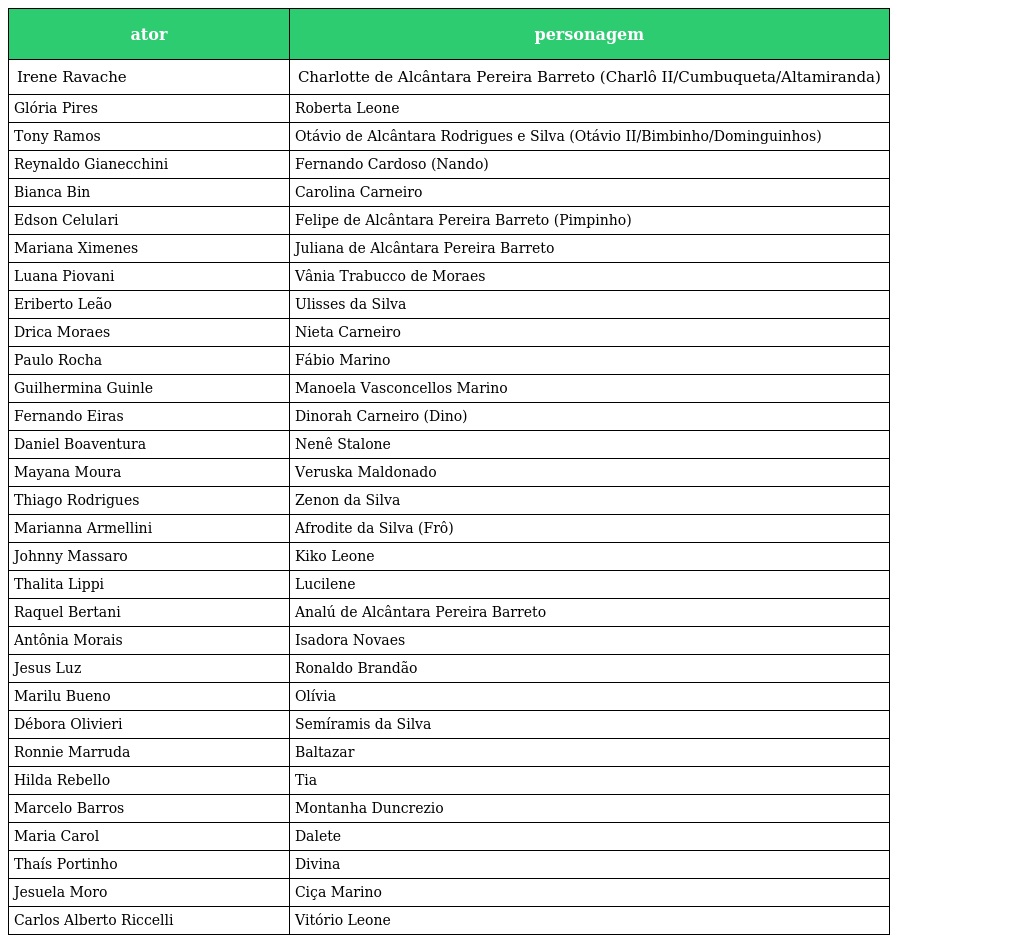
| ator | personagem |
 | --- | --- |
 | Irene Ravache | Charlotte de Alcântara Pereira Barreto (Charlô II/Cumbuqueta/Altamiranda) |
 | Glória Pires | Roberta Leone |
 | Tony Ramos | Otávio de Alcântara Rodrigues e Silva (Otávio II/Bimbinho/Dominguinhos) |
 | Reynaldo Gianecchini | Fernando Cardoso (Nando) |
 | Bianca Bin | Carolina Carneiro |
 | Edson Celulari | Felipe de Alcântara Pereira Barreto (Pimpinho) |
 | Mariana Ximenes | Juliana de Alcântara Pereira Barreto |
 | Luana Piovani | Vânia Trabucco de Moraes |
 | Eriberto Leão | Ulisses da Silva |
 | Drica Moraes | Nieta Carneiro |
 | Paulo Rocha | Fábio Marino |
 | Guilhermina Guinle | Manoela Vasconcellos Marino |
 | Fernando Eiras | Dinorah Carneiro (Dino) |
 | Daniel Boaventura | Nenê Stalone |
 | Mayana Moura | Veruska Maldonado |
 | Thiago Rodrigues | Zenon da Silva |
 | Marianna Armellini | Afrodite da Silva (Frô) |
 | Johnny Massaro | Kiko Leone |
 | Thalita Lippi | Lucilene |
 | Raquel Bertani | Analú de Alcântara Pereira Barreto |
 | Antônia Morais | Isadora Novaes |
 | Jesus Luz | Ronaldo Brandão |
 | Marilu Bueno | Olívia |
 | Débora Olivieri | Semíramis da Silva |
 | Ronnie Marruda | Baltazar |
 | Hilda Rebello | Tia |
 | Marcelo Barros | Montanha Duncrezio |
 | Maria Carol | Dalete |
 | Thaís Portinho | Divina |
 | Jesuela Moro | Ciça Marino |
 | Carlos Alberto Riccelli | Vitório Leone |